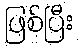
ဖြစ်ပြီး